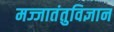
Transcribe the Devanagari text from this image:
मज्जातंतुविज्ञान